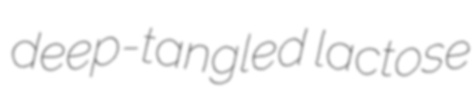
deep-tangled lactose